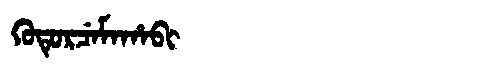
Manchu: ᡴᡠᡨᡠᡵᠴᡝᠮᠠᡥᠠᠪᡳ
Romanization: KUTURCEMAHABI